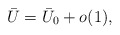
\begin{align*}\bar{U}=\bar{U}_0+o(1),\end{align*}